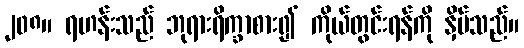
၂၀၈။ ရဟန်းသည် ဘုရားရိက္ခာစား၍ ကိုယ်တွင်းရန်ကို နှိမ်သည်။